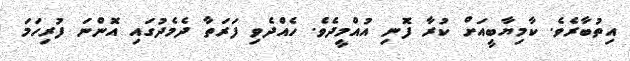
އިތުބާރެވެ. ކާމިޔާބީއަށް ކުރާ ފޮނި އުއްމީދެވެ. ހެއްދެވި ފަރަތާ ދެމެދުގައި އޮންނަ ފުރިހަމަ